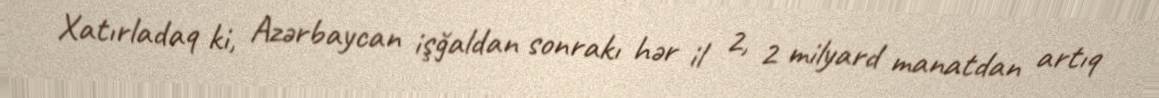
Xatırladaq ki, Azərbaycan işğaldan sonrakı hər il 2, 2 milyard manatdan artıq